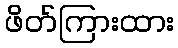
ဖိတ်ကြားထား